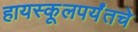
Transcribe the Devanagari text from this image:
हायस्कूलपर्यंतचे